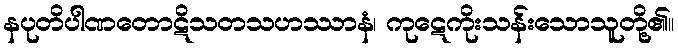
နပုတိပါဏတောဋိသတသဟဿာနံ၊ ကုဋေကိုးသန်းသောသူတို့၏။